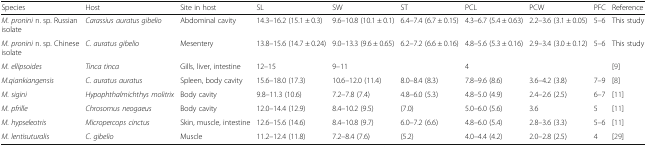
| Species | Host | Site in host | SL | SW | ST | PCL | PCW | PFC | Reference |
 | --- | --- | --- | --- | --- | --- | --- | --- | --- | --- |
 | M. pronini n. sp. Russian isolate | Carassius auratus gibelio | Abdominal cavity | 14.3–16.2 (15.1 ± 0.3) | 9.6–10.8 (10.1 ± 0.1) | 6.4–7.4 (6.7 ± 0.15) | 4.3–6.7 (5.4 ± 0.63) | 2.2–3.6 (3.1 ± 0.05) | 5–6 | This study |
 | M. pronini n. sp. Chinese isolate | C. auratus gibelio | Mesentery | 13.8–15.6 (14.7 ± 0.24) | 9.0–13.3 (9.6 ± 0.65) | 6.2–7.2 (6.6 ± 0.16) | 4.8–5.6 (5.3 ± 0.16) | 2.9–3.4 (3.0 ± 0.12) | 5–6 | This study |
 | M. ellipsoides | Tinca tinca | Gills, liver, intestine | 12–15 | 9–11 |  | 4 |  |  | [9] |
 | M.qiankiangensis | C. auratus auratus | Spleen, body cavity | 15.6–18.0 (17.3) | 10.6–12.0 (11.4) | 8.0–8.4 (8.3) | 7.8–9.6 (8.6) | 3.6–4.2 (3.8) | 7–9 | [8] |
 | M. sigini | Hypophthalmichthys molitrix | Body cavity | 9.8–11.3 (10.6) | 7.2–7.8 (7.4) | 4.8–6.0 (5.3) | 4.8–5.0 (4.9) | 2.4–2.6 (2.5) | 6–7 | [11] |
 | M. pfrille | Chrosomus neogaeus | Body cavity | 12.0–14.4 (12.9) | 8.4–10.2 (9.5) | (7.0) | 5.0–6.0 (5.6) | 3.6 | 5 | [11] |
 | M. hypseleotris | Micropercops cinctus | Skin, muscle, intestine | 12.6–15.6 (14.6) | 8.4–10.8 (9.7) | 6.0–7.2 (6.6) | 4.8–6.0 (5.4) | 2.8–3.6 (3.3) | 5–6 | [11] |
 | M. lentisuturalis | C. gibelio | Muscle | 11.2–12.4 (11.8) | 7.2–8.4 (7.6) | (5.2) | 4.0–4.4 (4.2) | 2.0–2.8 (2.5) | 4 | [29] |